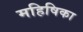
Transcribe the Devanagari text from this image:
महिषिका